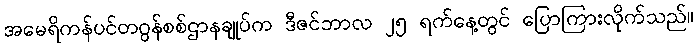
အမေရိကန်ပင်တဂွန်စစ်ဌာနချုပ်က ဒီဇင်ဘာလ ၂၅ ရက်နေ့တွင် ပြောကြားလိုက်သည်။